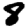
Digit: 8